Annual administration report of the Civil Veterinary Department of India - 1895-1896
Year: 1895
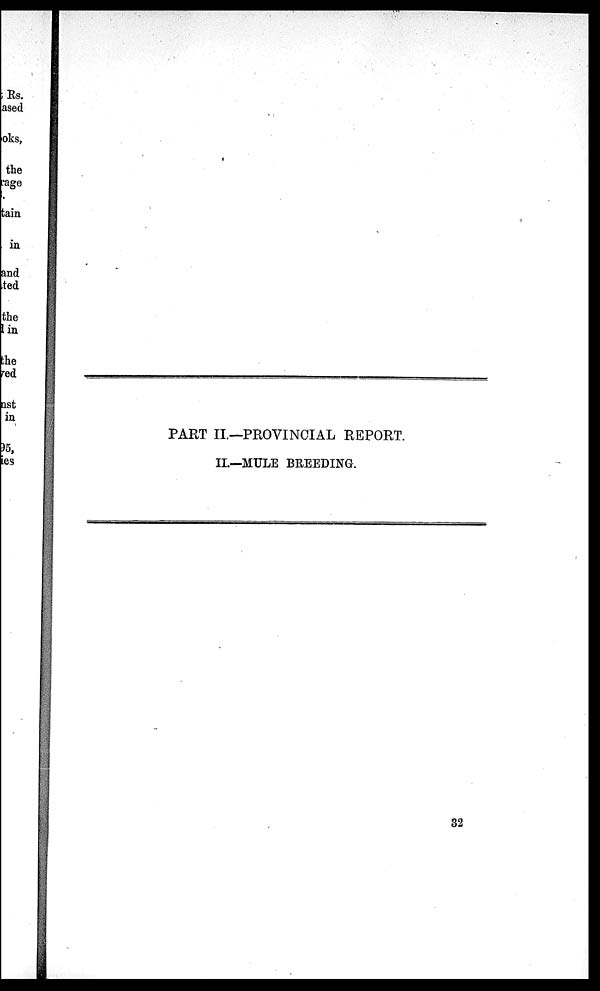
PART II—PROVINCIAL REPORT.
II—MULE BREEDING.
32